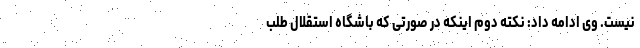
نیست. وی ادامه داد: نکته دوم اینکه در صورتی که باشگاه استقلال طلب